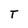
Character: T